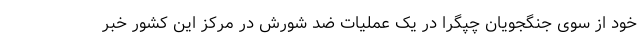
خود از سوی جنگجویان چپگرا در یک عملیات ضد شورش در مرکز این کشور خبر